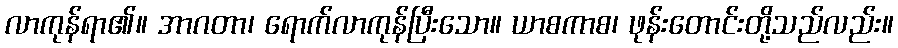
လာကုန်ရာ၏။ အာဂတာ၊ ရောက်လာကုန်ပြီးသော။ ယာစကာစ၊ ဖုန်းတောင်းတို့သည်လည်း။